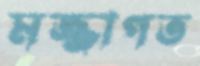
মজ্জাগত